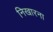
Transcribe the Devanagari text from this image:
निखारना